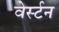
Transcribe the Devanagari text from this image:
वेर्स्टन